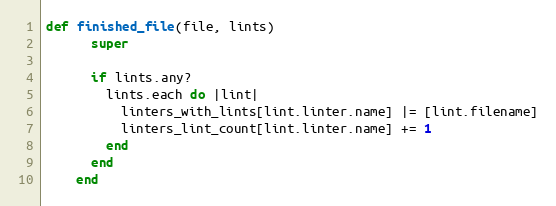
Language: Ruby
def finished_file(file, lints)
      super

      if lints.any?
        lints.each do |lint|
          linters_with_lints[lint.linter.name] |= [lint.filename]
          linters_lint_count[lint.linter.name] += 1
        end
      end
    end